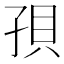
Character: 孭